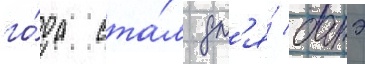
го́да ста́л дл'я́ батэ